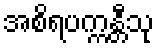
အစိရပက္ကန္တီသု